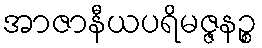
အာဇာနီယပရိမဇ္ဇနဉ္စ